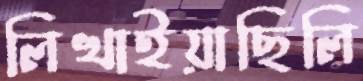
লিখাইয়াছিলি